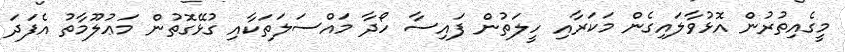
މީގެއިތުރުން އޮޅުވާލައިގެން މަކަރާއި ހީލަތުން ފައިސާ ހޯދާ މައްސަލަތަކާއި ގުޅޭގޮތުން މަޢުލޫމާތު އެފަދަ